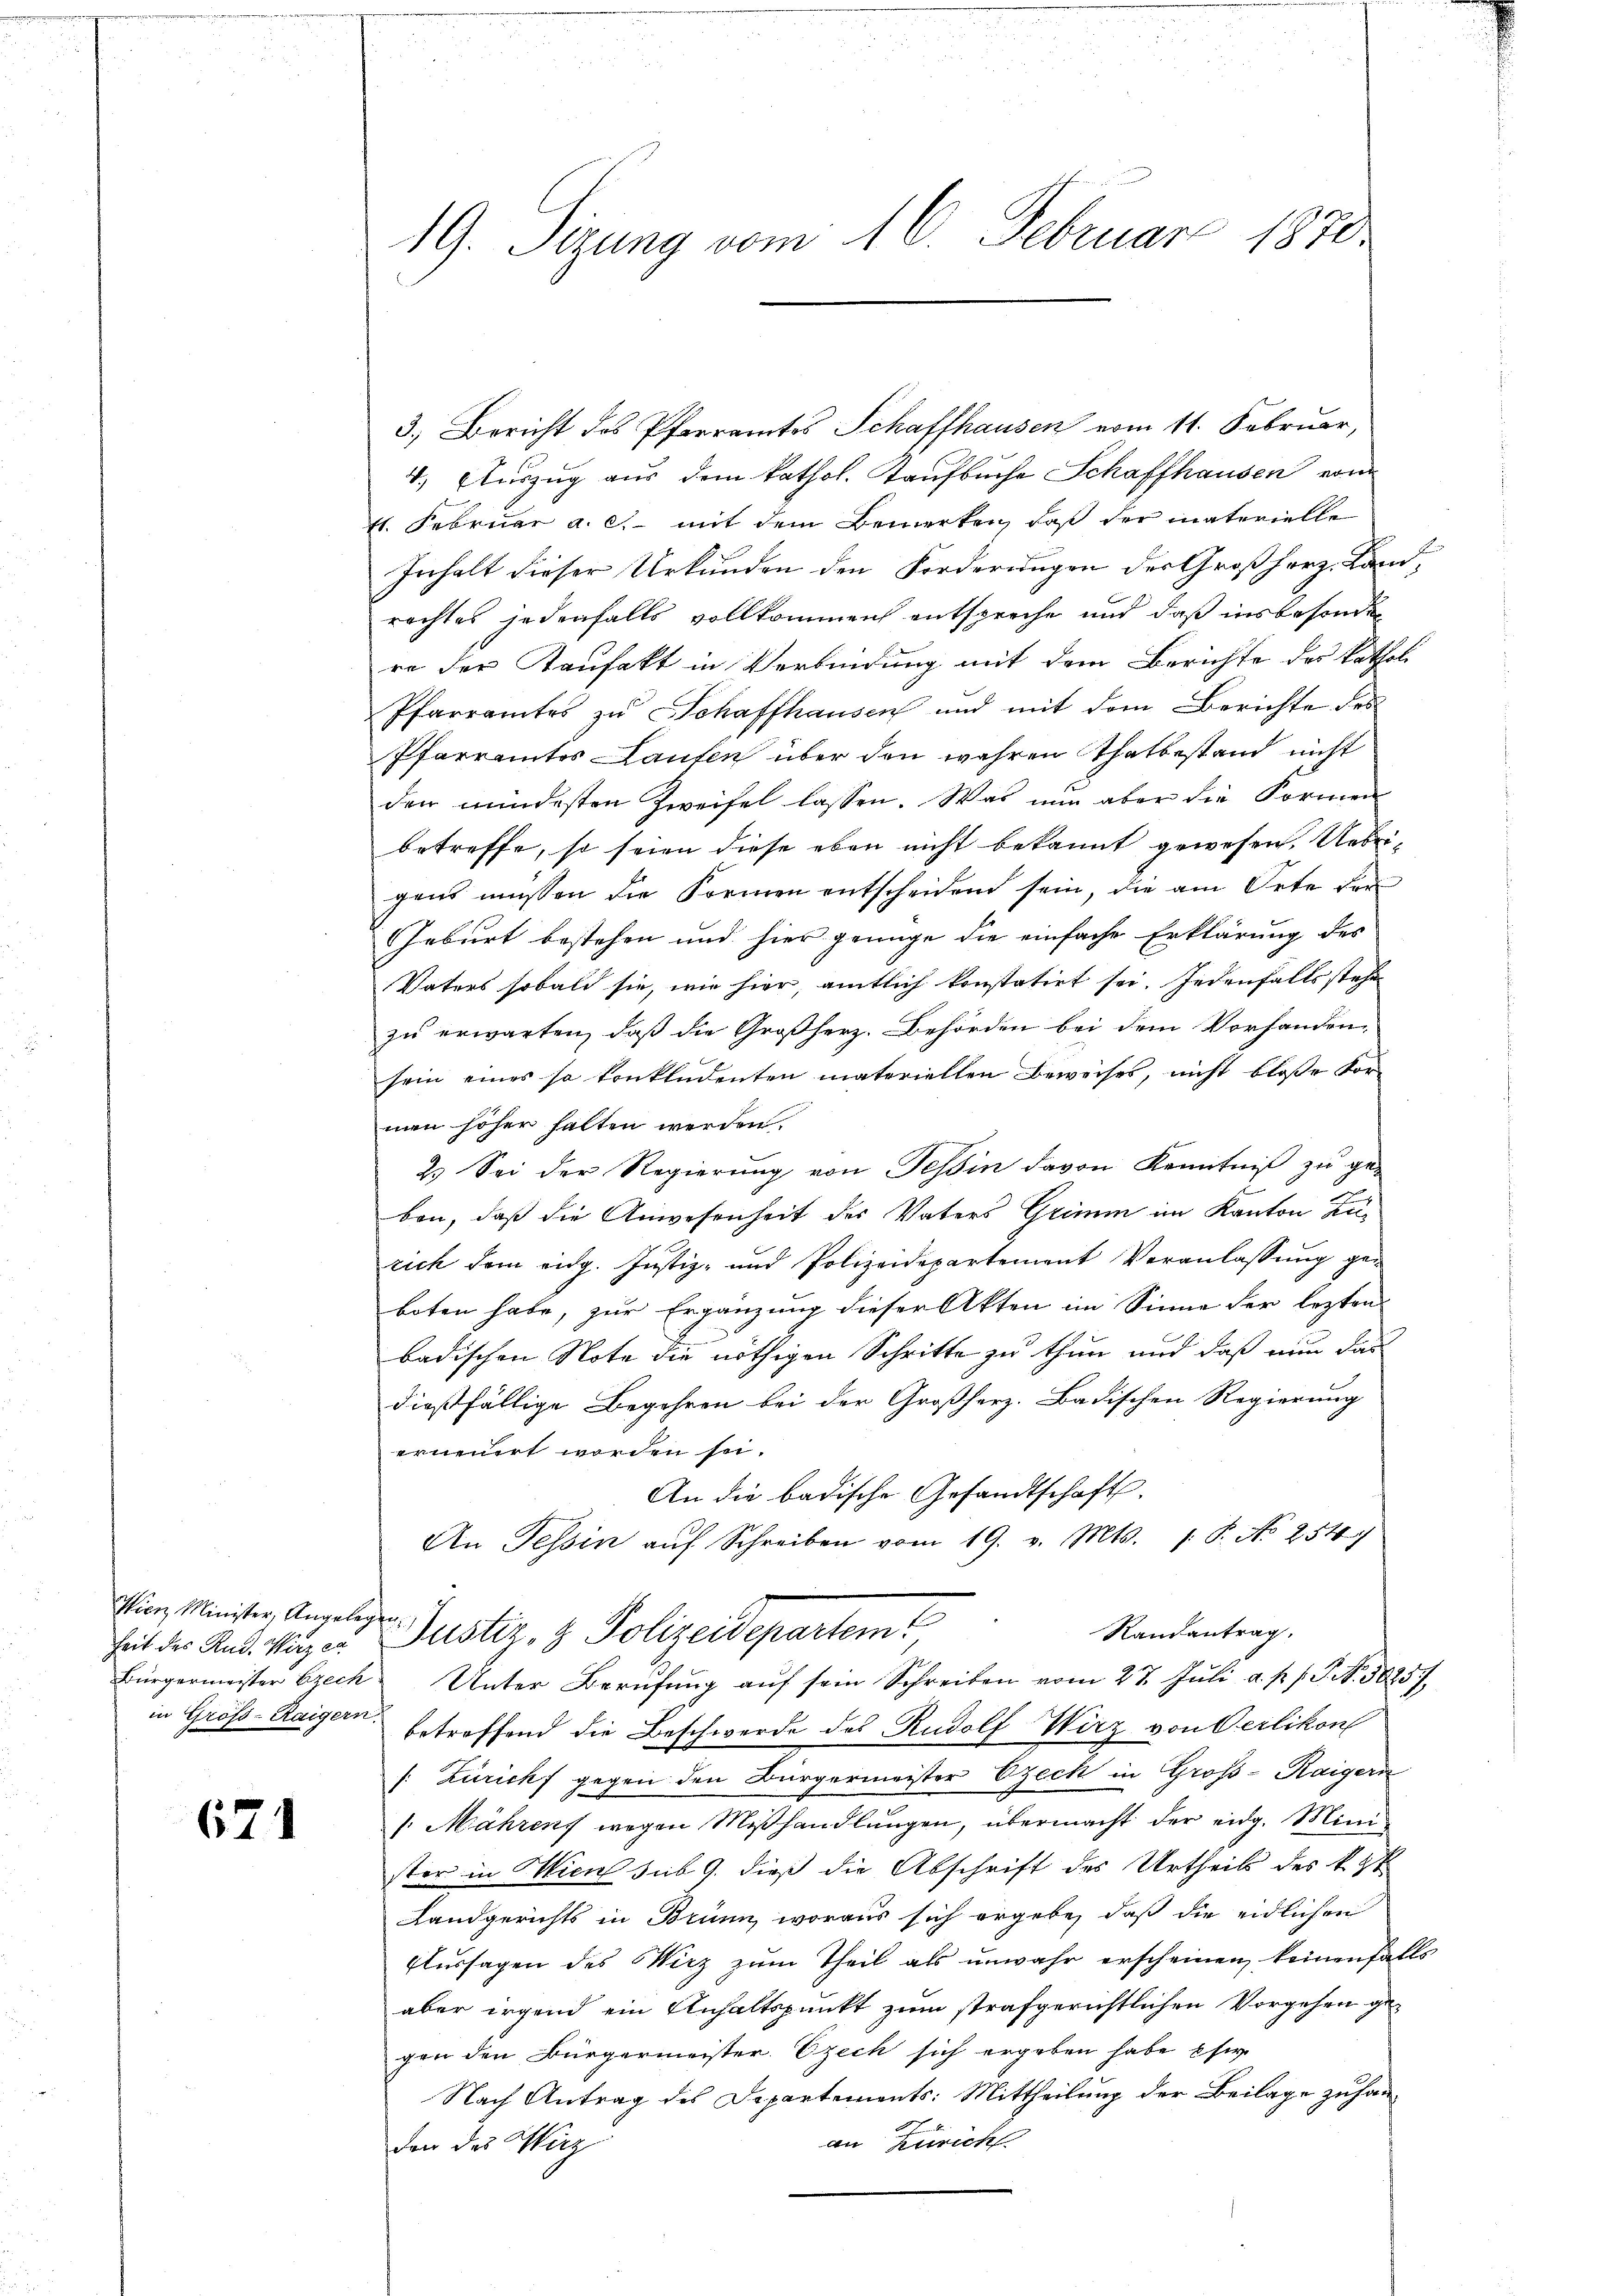
Iienz Minister, Angelegen
heit des Rud. Wirz er

671

19. Sizung vom 16. Februar 1870.

3.) Bericht des Pfarramtes Schaffhausen vom 11. Februar,
4. Auszug aus dem kathol. Kaufbuche Schaffhausen von
41. Februar a. c. mit dem Bemerken, daß der materielle
Inhalt dieser Urkunden den Forderungen der Großherz. Landrachtes jedenfalls vollkommen entspreche und daß insbesonder
re der Kaufakt in Verbindung mit dem Berichte des kathol
Pfarramtes zu Schaffhausen und mit dem Berichte des
Pfarramtes Lauten über den wahren Thatbestand nicht
den mindesten Zweifel lassen. Was nun aber die Formen
betreffe, so seien diese eben nicht bekannt gewesen. Uebrigens müssen die Formen entscheiden sein, die am Orte der
Geburt bestehen und hier genüge die einfache Erklärung des
Vaters sobald sie, wie hier, amtlich konstatirt sei. Jedenfalls stehe
zu erwarten, daß die Großherz. Behörden bei dem Vorhandensein eines so konkludenten materiellen Beweises, nicht bloße Vormen höher halten werden.
2. Sei der Regierung von Tessin davon Kenntniß zu geben, daß die Anwesenheit des Vaters Grimm im Kanton Zurich dem eidg. Justiz- und Polizeidepartement Veranlassung geboten habe, zur Ergänzung dieser Akten im Sinne der lezten
badischen Note die nöthigen Schritte zu thun und daß nun das
dießfällige Begehren bei der Großherz. Badischen Regierung
erneuert worden sei.
An die badische Gesandtschaft.
An Tessin aŭf Schreiben vom 19. v. Mts. 1. P. No 254/
Randantrag.
Justiz- & Polizeidepartem
Bürgermeister brech Unter Berŭfŭng aŭf sein Schreiben vom 27. Jŭli a. p. . . . 38857
in Groß-Raigern betreffend die Beschwerde des Rudolf Wirz von Oerlikon
/: Züricht gegen den Bürgermeister Czeck in Groß-Raigern
 Mährens wegen Mißhandlungen, übermacht der eidg. Minister in Wien sub 9. dieß die Abschrift des Urtheils des k. G
Landgerichts in Brünn, woraus sich ergebe, daß die eidlichen
Aussagen des Wirz zum Theil als unwahr erscheinen keinenfalls
aber irgend ein Anhaltspunkt zum strafgerichtlichen Vorgehen gegen den Bürgermeister Ezech sich ergeben habe si
Nach Antrag des Departements: Mittheilung der Beilage zuhanan Züricht
den des Hirz